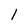
Character: 1